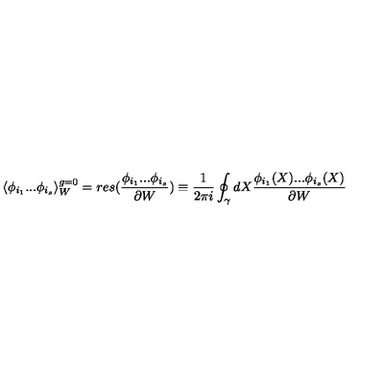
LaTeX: \langle \phi _ { i _ { 1 } } . . . \phi _ { i _ { s } } \rangle _ { W } ^ { g = 0 } = r e s ( \frac { \phi _ { i _ { 1 } } . . . \phi _ { i _ { s } } } { \partial W } ) \equiv \frac { 1 } { 2 \pi i } \oint _ { \gamma } d X \frac { \phi _ { i _ { 1 } } ( X ) . . . \phi _ { i _ { s } } ( X ) } { \partial W }